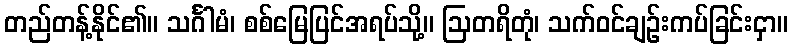
တည်တန့်နိုင်၏။ သင်္ဂါမံ၊ စစ်မြေပြင်အရပ်သို့။ ဩတရိတုံ၊ သက်ဝင်ချဉ်းကပ်ခြင်းငှာ။